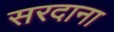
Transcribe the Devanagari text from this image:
सरदाना